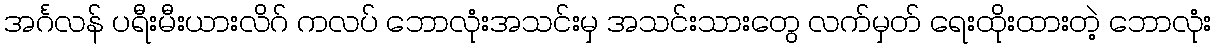
အင်္ဂလန် ပရီးမီးယားလိဂ် ကလပ် ဘောလုံးအသင်းမှ အသင်းသားတွေ လက်မှတ် ရေးထိုးထားတဲ့ ဘောလုံး